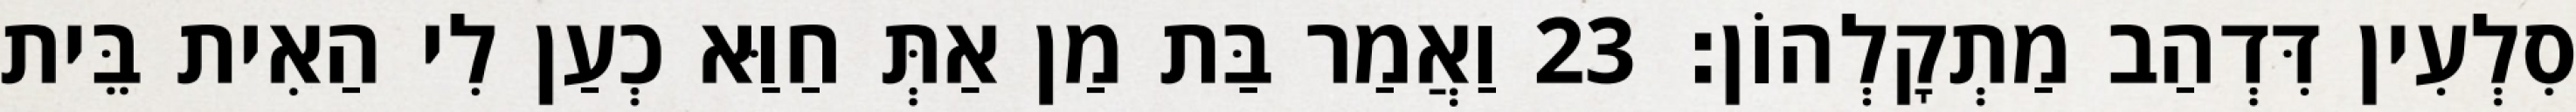
סִלְעִין דִּדְהַב מַתְקָלְהוֹן׃ 23 וַאֲמַר בַּת מַן אַתְּ חַוַּא כְעַן לִי הַאִית בֵּית